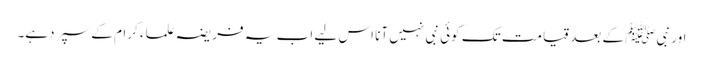
اور نبیﷺ کے بعد قیامت تک کوئی نبی نہیں آنا اس لیے اب یہ فریضہ علماء کرام کے سپر دہے۔